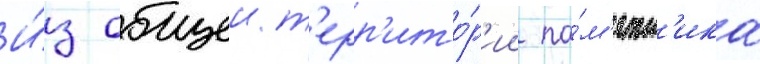
И́з общеи т'ерр'ито́р'ии па́м'ятн'ика